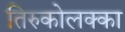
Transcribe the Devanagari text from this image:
तिरुकोलक्का